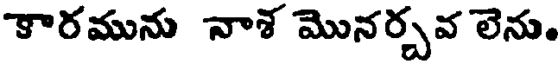
కారమును నాశ మొనర్చవ లెను.